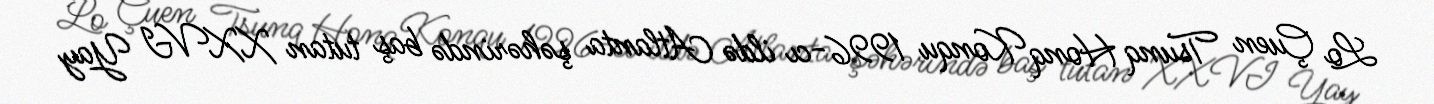
Lo Çuen Tsunq Honq Konqu 1996-cı ildə Atlanta şəhərində baş tutan XXVI Yay